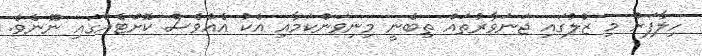
ހިލާފަށް މި ޒުލުގައި ޖަނަވާރުތައް ތިބެނީ މިނިވަންކަމާއި އެކު އެއްވެސް ކޮށްޓެއްގައި ނޫނެވެ.